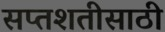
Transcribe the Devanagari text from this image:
सप्तशतीसाठी